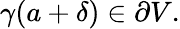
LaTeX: \gamma(a+\delta)\in\partial V.